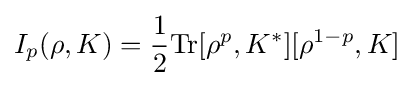
I_{p}(\rho ,K)={\frac {1}{2}}{\rm {Tr}}[\rho ^{p},K^{*}][\rho ^{1-p},K]